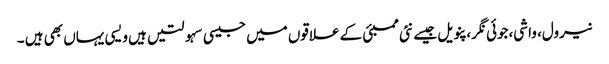
نیرول، واشی،جوئی نگر، پنویل جیسے نئی ممبئی کے علاقوں میں جیسی سہولتیں ہیں ویسی یہاں بھی ہیں ۔